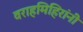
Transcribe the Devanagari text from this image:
वराहमिहिरांनी